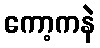
ကော့ကနဲ